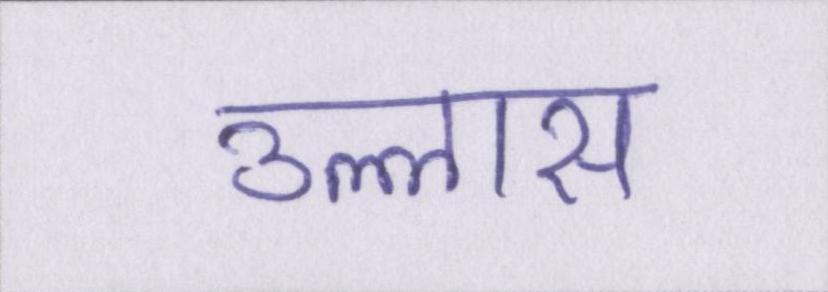
उल्लास